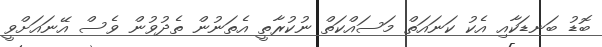
ބޮޑު ބަނޑަކާއި އެކު ކަނައަތް މަސައްކަތް ނުކުރާތީ އެތަނުން ތެދުވުން ވެސް އޭނައަށްވީ